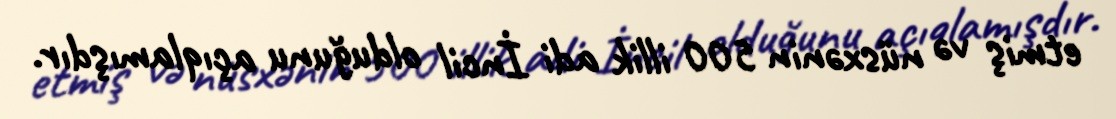
etmiş və nüsxənin 500 illik adi İncil olduğunu açıqlamışdır.